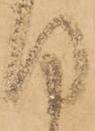
目